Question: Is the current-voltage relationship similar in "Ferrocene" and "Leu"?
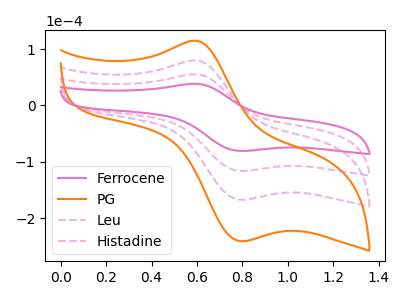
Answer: <think>The pink curve "Ferrocene" has an anodic peak at (0.60V, 38.50uA) and a cathodic peak at (0.80V, -80.65uA). The orange curve "PG" has an anodic peak at (0.60V, 166.40uA) and a cathodic peak at (0.80V, -348.45uA). The pink dashed curve "Leu" has an anodic peak at (0.60V, 55.45uA) and a cathodic peak at (0.80V, -116.15uA). The pink dashed curve "Histadine" has an anodic peak at (0.60V, 110.95uA) and a cathodic peak at (0.80V, -232.30uA).
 All the peaks in "Ferrocene" have a peak in "Leu" at the same potential. Every peak in "Ferrocene" is lower than every peak in "Leu".</think>
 <answer>"Ferrocene" and "Leu" are similar in shape.</answer>
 <eval>same_shape</eval>